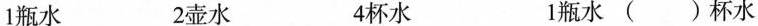
1瓶水 2壶水 4杯水 1瓶水()杯水